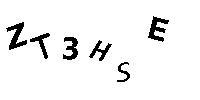
ZT3HSE